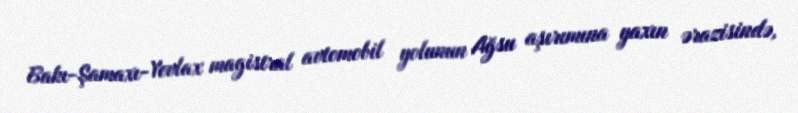
Bakı-Şamaxı-Yevlax magistral avtomobil yolunun Ağsu aşırımına yaxın ərazisində,